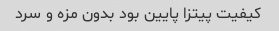
کیفیت پیتزا پایین بود بدون مزه و سرد